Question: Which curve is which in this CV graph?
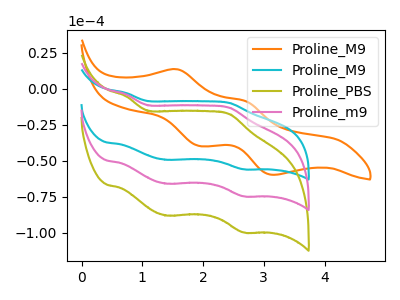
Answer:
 <answer>The orange curve is labeled "Proline_M9". The cyan curve is labeled "Proline_M9". The olive curve is labeled "Proline_PBS". The pink curve is labeled "Proline_m9".</answer>
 <eval></eval>